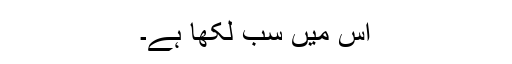
اس میں سب لکھا ہے۔